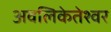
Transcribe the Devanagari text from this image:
अवलिकेतेश्‍वर